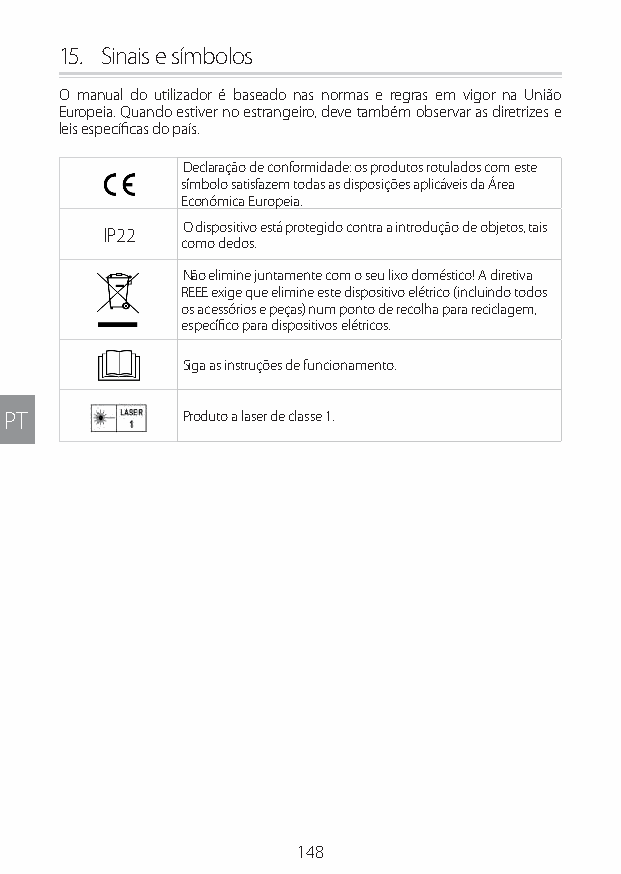
15. Sinais e símbolos
 O manual do utilizador é baseado nas normas e regras em vigor na União
 Europeia. Quando estiver no estrangeiro, deve também observar as diretrizes e
 leis específicas do país.
 Declaração de conformidade: os produtos rotulados com este
 símbolo satisfazem todas as disposições aplicáveis da Área
 Económica Europeia.
 O dispositivo está protegido contra a introdução de objetos, tais
 IP22
 como dedos.
 Não elimine juntamente com o seu lixo doméstico! A diretiva
 REEE exige que elimine este dispositivo elétrico (incluindo todos
 os acessórios e peças) num ponto de recolha para reciclagem,
 específico para dispositivos elétricos.
 Siga as instruções de funcionamento.
 PT          Produto a laser de classe 1.
 148
 Lipo UM EU124 3545B inside ALL EU124 ED296-24 release.indd 148 14/08/2018 10:57:41